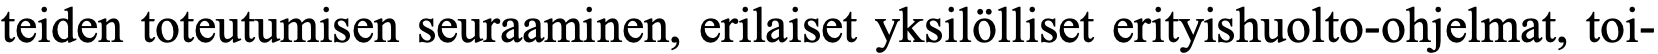
teiden toteutumisen seuraaminen, erilaiset yksilölliset erityishuolto-ohjelmat, toi-